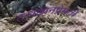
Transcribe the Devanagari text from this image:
तत्वज्ञानप्रेमाचे